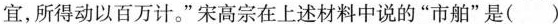
宜，所得动以百万计。”宋高宗在上述材料中说的“市舶”是( )